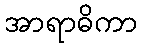
အာရာဓိကာ